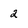
Character: 2